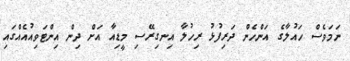
ނަމަވެސް ހައުލާގެ އަންހެން ދަރިފުޅު ރިހުލާ އިނގިރޭސި މީޑިއާ އަށް ދިން އިންޓަވިއުއެއްގައި